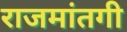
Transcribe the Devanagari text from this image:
राजमांतगी